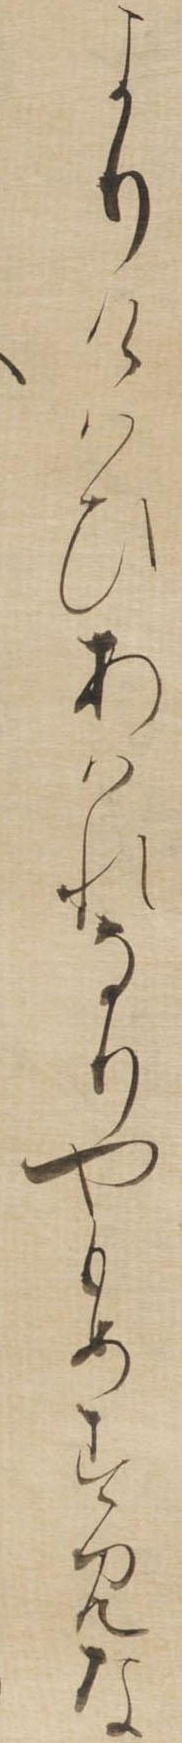
よりけはひあはれなりやもめすみな